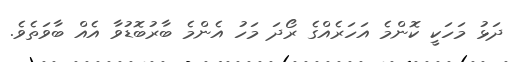
ދަޅު މަހަކީ ކޮންމެ އަހަރެއްގެ ރޯދަ މަހު އެންމެ ބާރުބޮޑުވާ އެއް ބާވަތެވެ.